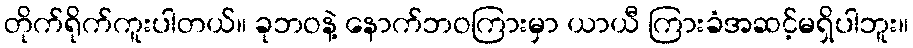
တိုက်ရိုက်ကူးပါတယ်။ ခုဘဝနဲ့ နောက်ဘဝကြားမှာ ယာယီ ကြားခံအဆင့်မရှိပါဘူး။